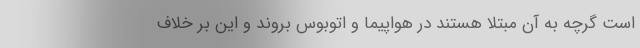
است گرچه به آن مبتلا هستند در هواپیما و اتوبوس بروند و این بر خلاف